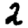
Digit: 2